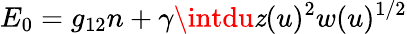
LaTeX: E_{0}=g_{12}n+\gamma\intdu\mathit{z}(u)^{2}w(u)^{1/2}